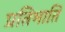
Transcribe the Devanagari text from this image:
प्रतिभाति